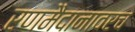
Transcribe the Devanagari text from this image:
रणमैदानावरच